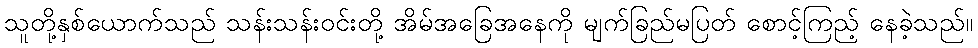
သူတို့နှစ်ယောက်သည် သန်းသန်းဝင်းတို့ အိမ်အခြေအနေကို မျက်ခြည်မပြတ် စောင့်ကြည့် နေခဲ့သည်။